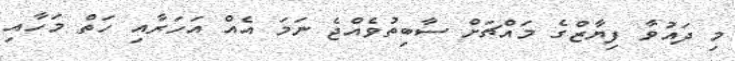
މި ދައުވާ ފިޔާޒްގެ މައްޗަށް ސާބިތުވެއްޖެ ނަމަ އެއް އަހަރާއި ހަތް މަހާއި